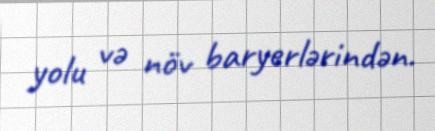
yolu və növ baryerlərindən.